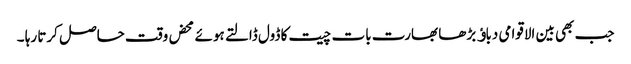
جب بھی بین الاقوامی دباﺅ بڑھا بھارت بات چیت کا ڈول ڈالتے ہوئے محض وقت حاصل کرتا رہا ۔